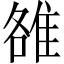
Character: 雒